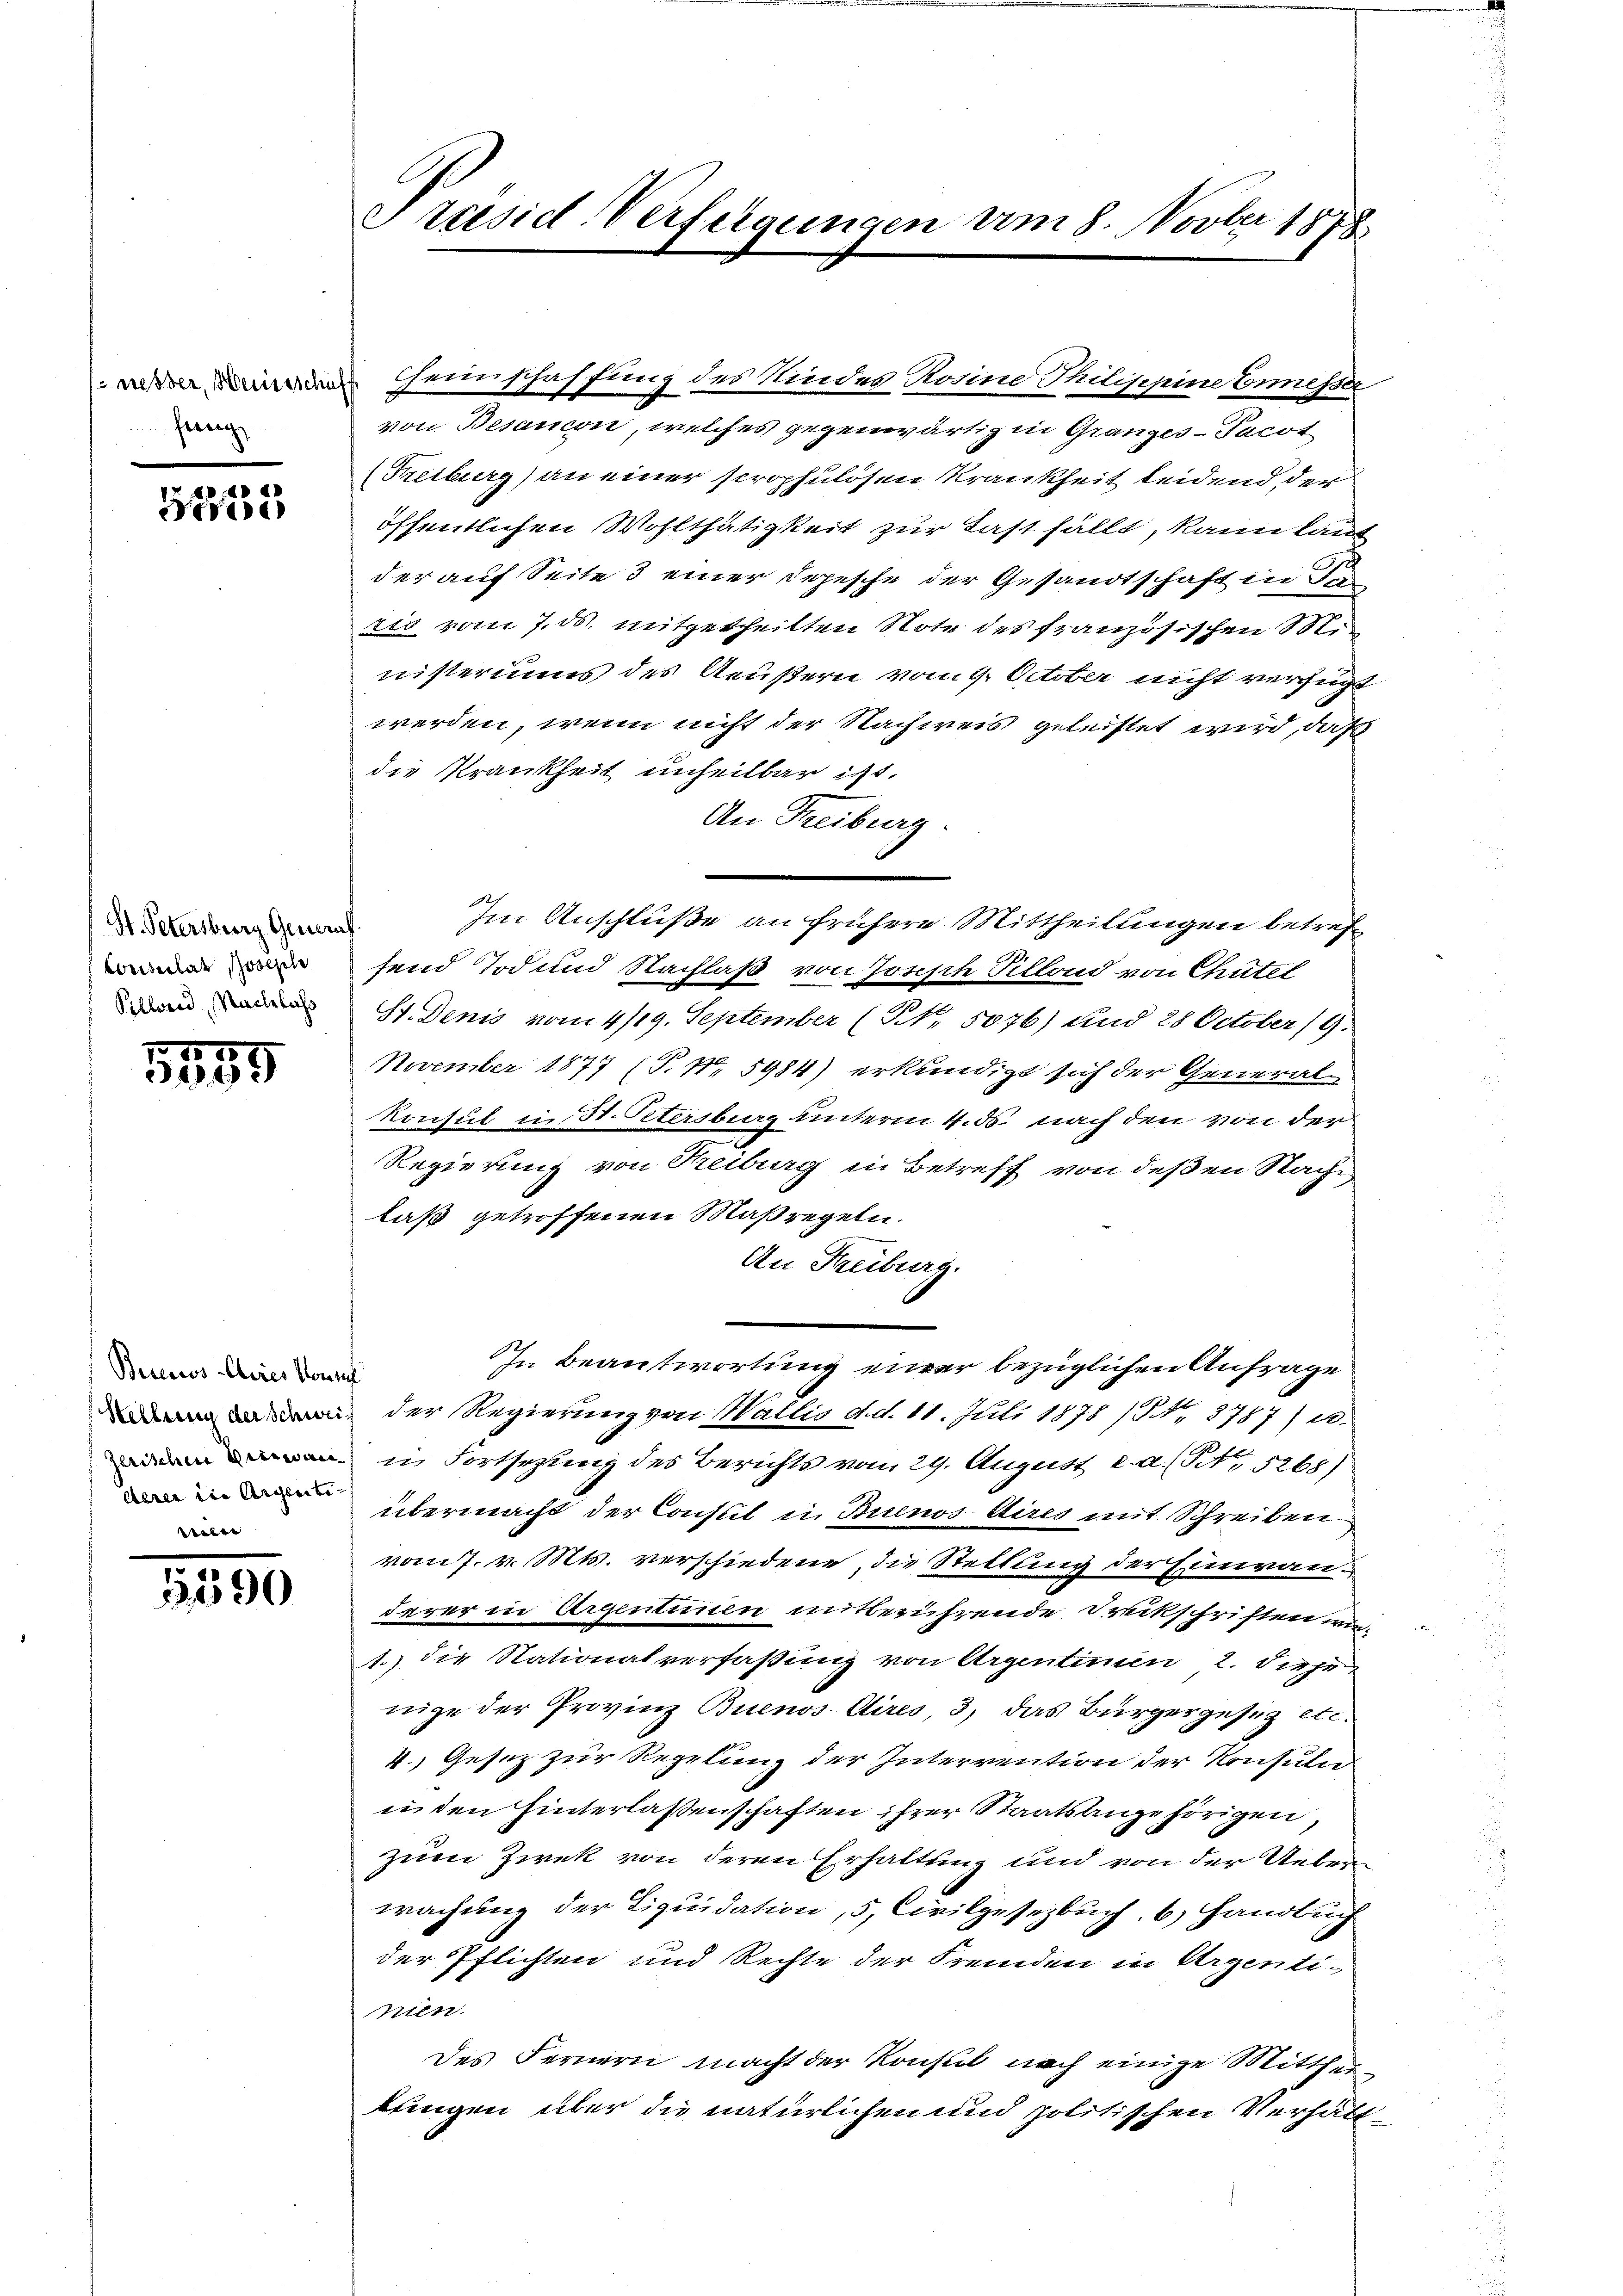
herung

55132

St. Petersburg Generaf.
Consulat obsche
Pelland, Nachlass

1899

Bernos-Ayres konnt
Stellung der Schwei
deren die Argenite
xx

3590

Präsid-Verfügungen um 8. Novber 1878

Heimschaffung des Kindes Rosine Thilippine Ermesse
von Besaucon, welches gegenwärtig in Gränz(...)- Tacot
(Freiburg) an einer scrophulösen Krankheit leidend, der
öffentlichen Wohlthätigkeit zur Last fällt, kann laut
der auf Seite 3 einer Depesche der Gesandtschaft in de
rio vom 7. ds. mitgetheilten Note des französischen S.
nisteriums des Aeußern vom 9. October nicht verfügt
werden, wenn nicht der Nachweis geleistet wird, daß
die Krankheit unheilbar ist.
An Freiburg.
Im Anschluße an frühere Mittheilungen betreffend Tod und Nachlaß von Josisch Pillond von Chatel
St. Denis vom 4/19. September (NN. 5076) und 28 October 19.
November 1877 (T. Nr. 5984) erkundigt sich der General
konsul in H. Petersburg unterm 4. ds. nach den von der
Regierung von Treiburg in Betreff von deßen Nach
laß getroffenen Maßregeln.
An Freiburg.
Ch. Beantwortung einer bezüglichen Anfrage
der Regierung von Wallis d. d. 11. Juli 1878 / No. 3787) u.
 in Fortsezung des Berichts vom 29. August c. a. (N. 5268)
übermacht der Consul in Buenos-Aires mit Schreiben
vom 7. v. Mts. verschiedene, die Stellung der Einwanderer in Argentinie mitberührende Druckschriften au
1.) die Nationalverfaßung von Argentinen 2. dieje
nige der Provinz Buenos-Aires, 3, das Bürgergesetz etc.
4. Gesez zur Regelung der Interrention der Konsuln
ii den hinterlassenschaften ihrer Staatsangehörigen,
zum Zwek von deren Erhaltung und von der Uebri
wachung der Liquidation, 5, Civilgesetzbuch, b) Handbuch
der Pflichten und Rechte der Fremden in Argenti-
Aten.
des Fernern macht der Konsul nach einige Mittheikungen über die natürlichen und politischen Verhält